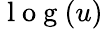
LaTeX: \mathrm{~l~o~g~}(u)